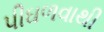
પીઘળવાથી